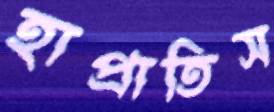
হাপ্‌রাতিস